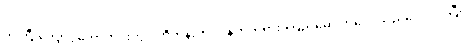
ကိုကြီးကျော်ပွဲတော်ကွင်းတွင် ဟိုတုန်းကလို နတ်ကရား ကြည့်မော့ ဟိုငေး သည်ငေးလုပ်ပြီး